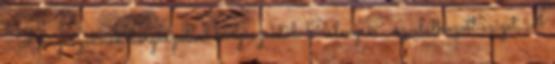
- Horgászoknak horgászatról horgászoktól. Palmyra - az elátkozott sziget,A